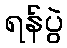
ရန်ပွဲ